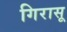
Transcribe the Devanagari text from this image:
गिरासू